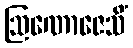
ဩဏောဇေသိံ